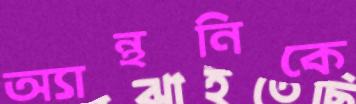
অ্যান্থনিকে